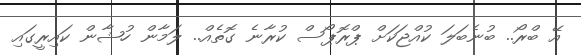
އޭ ބްރޯ.. ބުނެބަލަ ކުއްޖަކަށް ޕްރޮޕޯސް ކުރާނެ ގޮތެއް.. ލަމާން ހުޝާން ކައިރީގައި